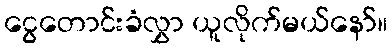
ငွေတောင်းခံလွှာ ယူလိုက်မယ်နော်။